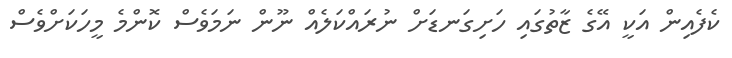
ކެފެއިން އަކީ އޭގެ ޒާތުގައި ހަށިގަނޑަށް ނުރައްކަލެއް ނޫން ނަމަވެސް ކޮންމެ މީހަކަށްވެސް